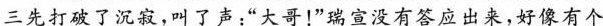
三先打破了沉寂，叫了声，“大哥！”瑞宣没有答应出来，好像有个